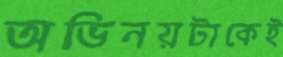
অভিনয়টাকেই